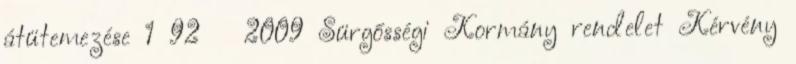
átütemezése 1 92 2009 Sürgősségi Kormány rendelet Kérvény